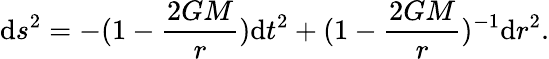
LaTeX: \mathrm{d}s^{2}=-(1-\frac{{2GM}}{{r}})\mathrm{d}t^{2}+(1-\frac{{2GM}}{{r}})^{-1}\mathrm{d}r^{2}.